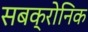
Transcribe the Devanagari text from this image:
सबक्रोनिक